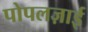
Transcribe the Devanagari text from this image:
पोपलज़ाई